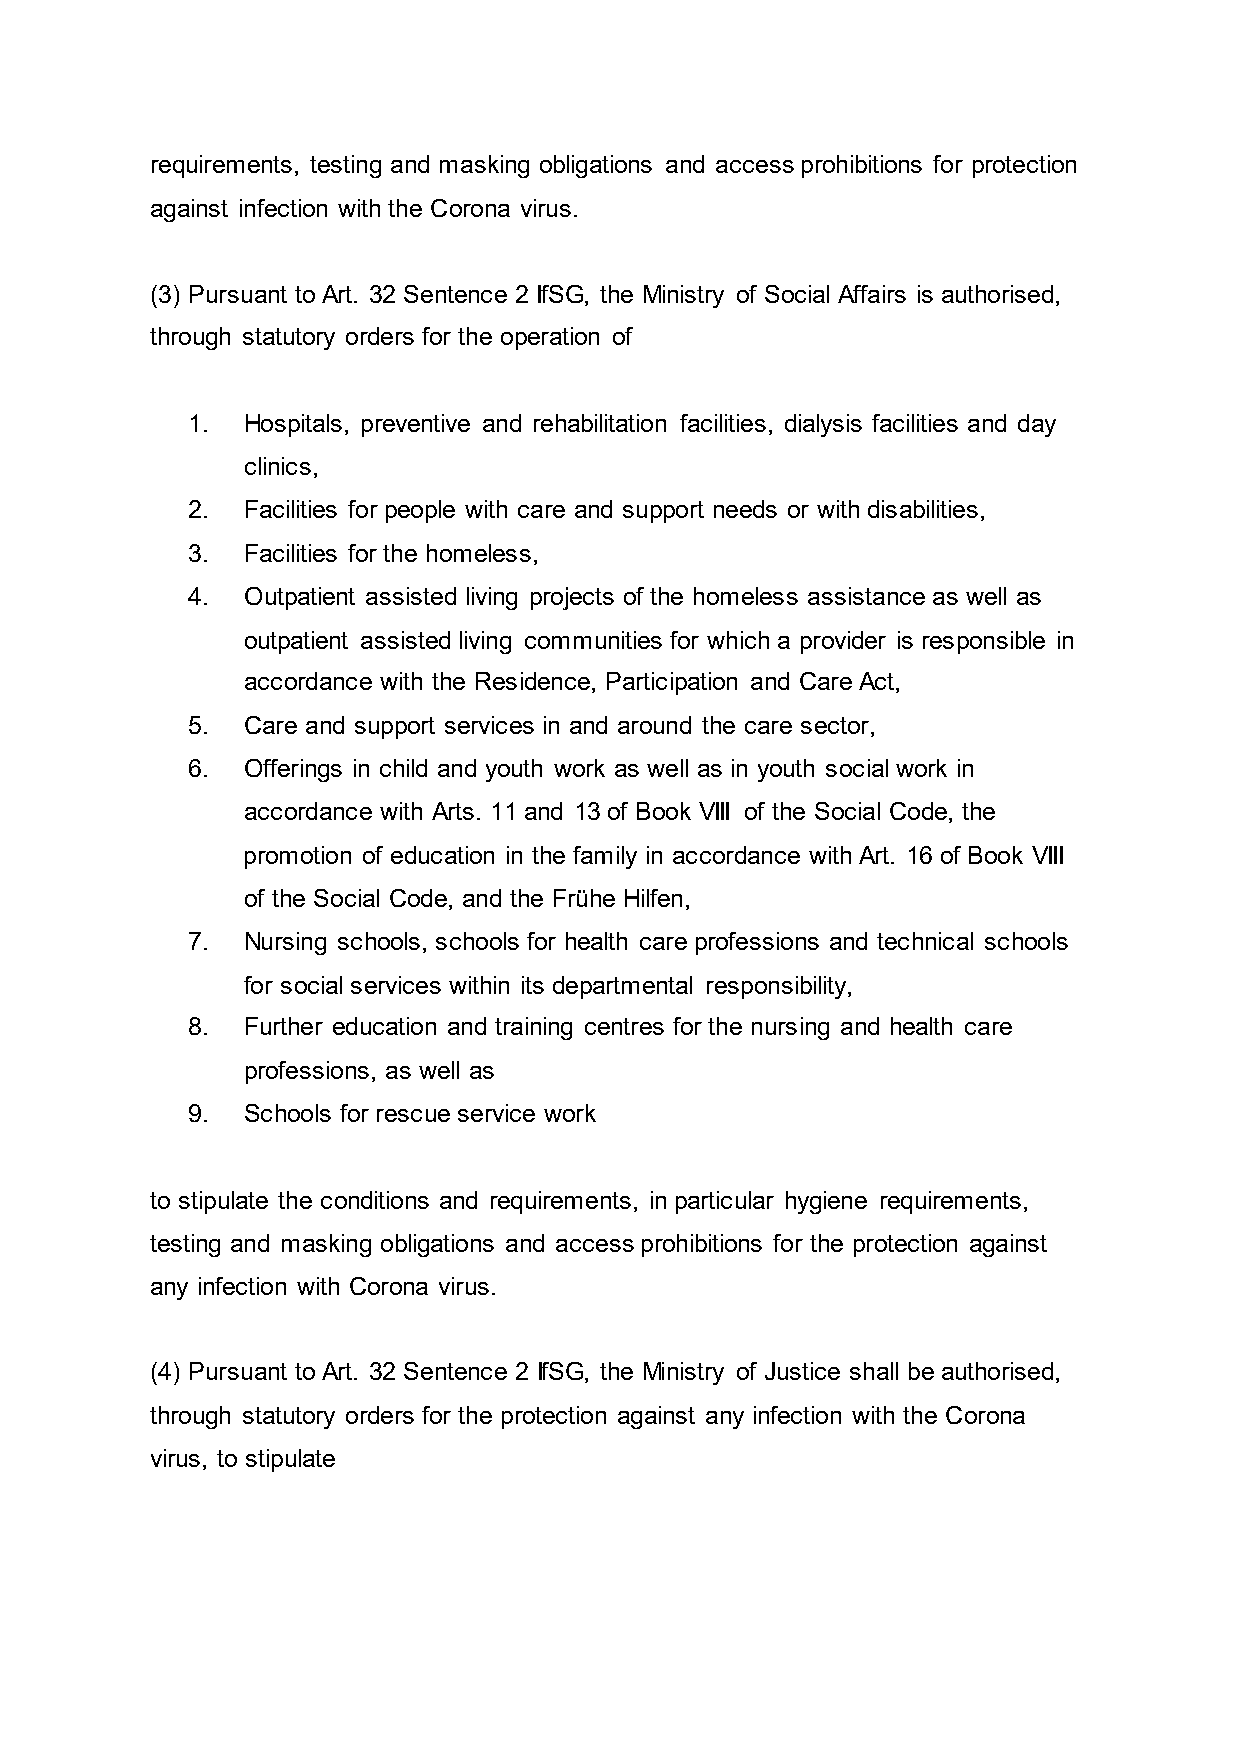
requirements, testing and masking obligations and access prohibitions for protection
 against infection with the Corona virus.
 (3) Pursuant to Art. 32 Sentence 2 IfSG, the Ministry of Social Affairs is authorised,
 through statutory orders for the operation of
 1.  Hospitals, preventive and rehabilitation facilities, dialysis facilities and day
 clinics,
 2.  Facilities for people with care and support needs or with disabilities,
 3.  Facilities for the homeless,
 4.  Outpatient assisted living projects of the homeless assistance as well as
 outpatient assisted living communities for which a provider is responsible in
 accordance with the Residence, Participation and Care Act,
 5.  Care and support services in and around the care sector,
 6.  Offerings in child and youth work as well as in youth social work in
 accordance with Arts. 11 and 13 of Book VIII of the Social Code, the
 promotion of education in the family in accordance with Art. 16 of Book VIII
 of the Social Code, and the Frühe Hilfen,
 7.  Nursing schools, schools for health care professions and technical schools
 for social services within its departmental responsibility,
 8.  Further education and training centres for the nursing and health care
 professions, as well as
 9.  Schools for rescue service work
 to stipulate the conditions and requirements, in particular hygiene requirements,
 testing and masking obligations and access prohibitions for the protection against
 any infection with Corona virus.
 (4) Pursuant to Art. 32 Sentence 2 IfSG, the Ministry of Justice shall be authorised,
 through statutory orders for the protection against any infection with the Corona
 virus, to stipulate